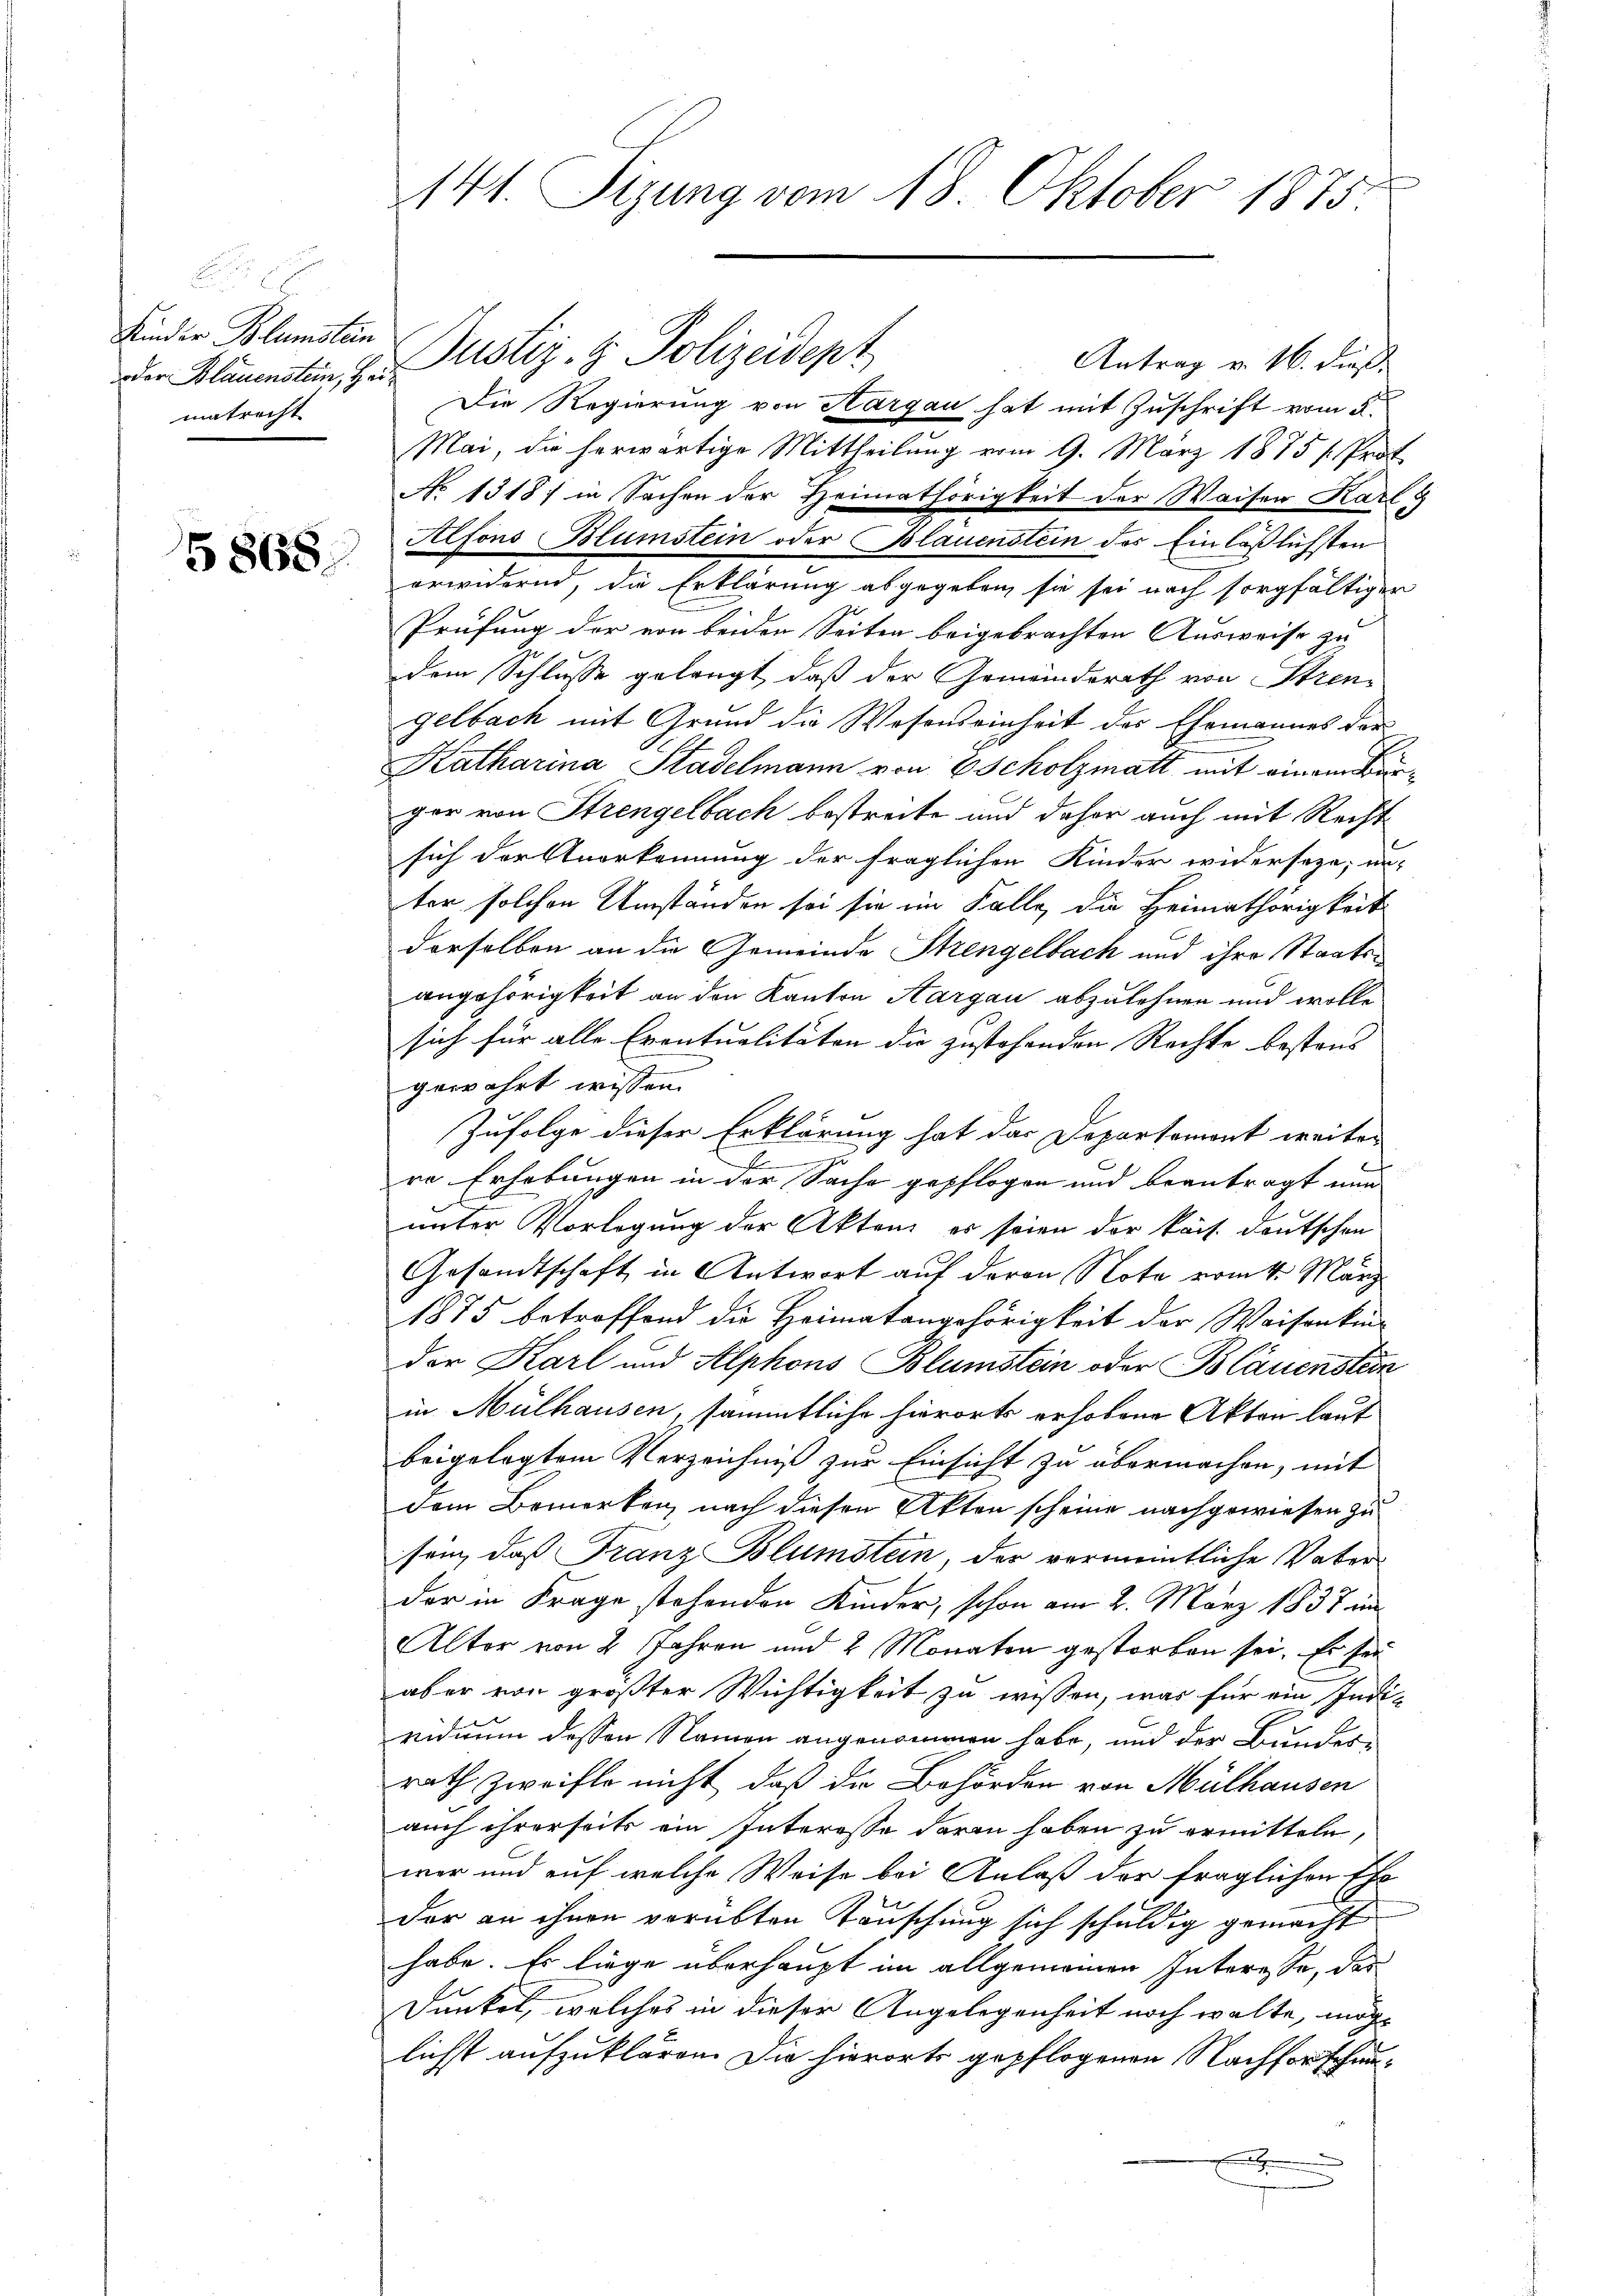
Kinder Blumstein
oder Blauenstein, Heimatrecht

5868.

Antrag v. 16. dieß
Die Regierung von Hargau hat mit Zuschrift vom 2.
Mai, die herwärtige Mittheilŭng vom 9. März 1875 / Prot
No 1318) in Sachen der Heimathörigkeit der Waiser Karl 8
Alfons Blumstein oder Bläuenstein des Einläßlichsten
erwidernd, die Erklärung abgegeben, sie sei nach sorgfältiger
Prüfung der von beiden Seiten beigebrachten Ausweise zu
dem Schlusse gelangt, daß der Gemeindsrath von Strengelbach mit Grund die Wesenseinheit des Ehemannes der
Katharina Stadelmann von Escholzmatt mit einem Beger von Strengelbach bestreite und daher auch mit Recht
sich der Anerkennung der fraglichen Kinder widerseze, er-
ter solchen Umständen sei sie im Falle, die Heimathörigkeit
derselben an die Gemeinde Strengelbach und ihre Staatsangehörigkeit an den Kanton Aargau abzulehnen und wolle
sich für alle Eventualitäten die zustehenden Rechte bestens
gewährt wissen.
Zufolge dieser Erklärung hat das Departemont weiter
.
re Erhebungen in der Sache gepflogen und beantragt nun
unter Vorlegung der Akten es seien der kais. Deutschen
Gesandtschaft in Antwort auf deren Note vom 4. März
1875 betroffend die Heimatangehörigkeit der Waisenkin-
der Karl und Alphons Blumstein oder Bläuenstein
in Mülhausen, sämmtliche hierorts erhobene Akten lauf
beigelegtem Verzeichniß zur Einsicht zu übermachen, mit
dem Bemerken, nach diesen Akten scheine nachgewiesen zu
sein, daß Franz Blümstein, der vermeintliche Vater
der in Frage stehenden Kinder, schon am 2. März 1838 in
Alter von 2 Jahren und 2 Monaten gestorben sei. Es sei
aber von größter Wichtigkeit zu wissen, was für ein Indi-
viduum dessen Namen angenommen habe, und der Bunder-
rath zweifle nicht, daß die Behörden von Mülhausen
auch ihrerseits ein Interesse daran haben zu ermitteln,
war und auf welche Weise bei Anlaß der fraglichen Ehe
der an ihnen vorübten Tauschung sich schuldig gemacht
habe. Es liege überhaupt im allgemeinen Interesse, das
Dunkel, welches in dieser Angelegenheit noch walte, möglichst aufzuklären. Die hierorts gepflogenen Nachforschun¬

.

141. Sizung vom 18. Oktober 1875.

Justiz- & Polizeident